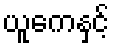
ယူကေနှင့်